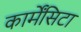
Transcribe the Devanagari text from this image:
कार्मेंसिटा